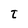
Character: t